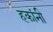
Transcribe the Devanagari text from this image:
हकांनी